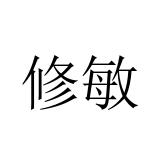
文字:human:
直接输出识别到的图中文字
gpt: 修敏